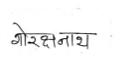
मजकूर: गोरक्षनाथ